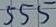
Text: 555